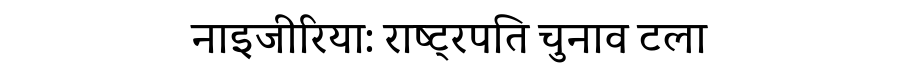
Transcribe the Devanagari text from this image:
नाइजीरिया: राष्ट्रपति चुनाव टला